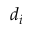
d _ { i }